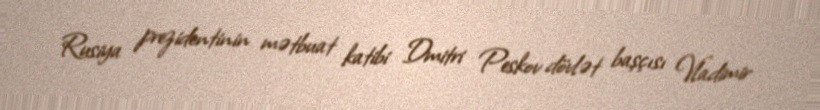
Rusiya prezidentinin mətbuat katibi Dmitri Peskov dövlət başçısı Vladimir